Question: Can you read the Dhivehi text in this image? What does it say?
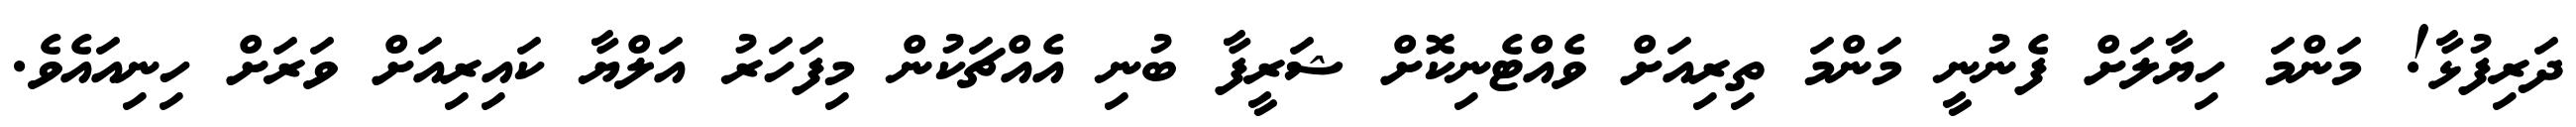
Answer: ދަރިފުޅާ! މަންމަ ހިޔާލަށް ފެނުނީ މަންމަ ތިރިއަށް ވެއްޓެނިކޮށް ޝަރީފާ ބުނި އެއްޗަކުން މިފަހަރު އަލްޔާ ކައިރިއަށް ވަރަށް ހިނިއައެވެ.